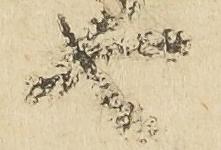
由